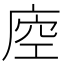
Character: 𢈵